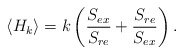
\begin{align*}\langle H_k\rangle = k\left({S_{ex}\over S_{re}} + {S_{re}\over S_{ex}}\right).\end{align*}